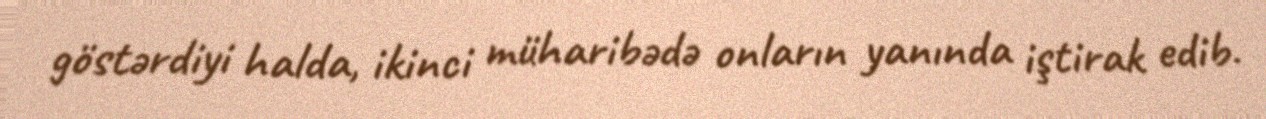
göstərdiyi halda, ikinci müharibədə onların yanında iştirak edib.